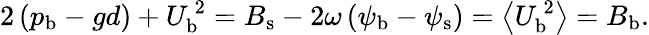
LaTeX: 2\left({p}_{\mathrm{b}}-gd\right)+{U}_{\mathrm{b}}^{\, 2}={B}_{\mathrm{s}}-2\omega\, ({\psi}_{\mathrm{b}}-{\psi}_{\mathrm{s}})=\left<{U}_{\mathrm{b}}^{\, 2}\right>={B}_{\mathrm{b}}.